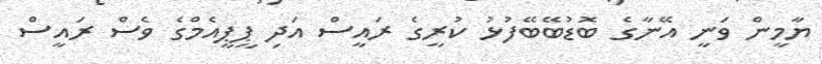
ޔާމީން ވަނީ އޭނާގެ ބޮޑުބޭބޭފުޅު ކުރީގެ ރައީސް އަދި ޕީޕީއެމްގެ ވެސް ރައީސް